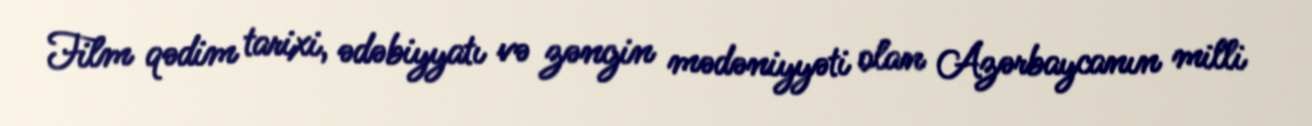
Film qədim tarixi, ədəbiyyatı və zəngin mədəniyyəti olan Azərbaycanın milli